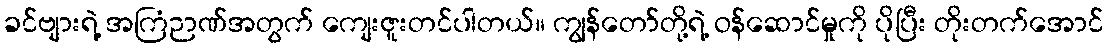
ခင်ဗျားရဲ့ အကြံဉာဏ်အတွက် ကျေးဇူးတင်ပါတယ်။ ကျွန်တော်တို့ရဲ့ ဝန်ဆောင်မှုကို ပိုပြီး တိုးတက်အောင်